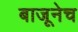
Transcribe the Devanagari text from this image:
बाजूनेच